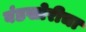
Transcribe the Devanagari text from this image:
बंडखोरीचा